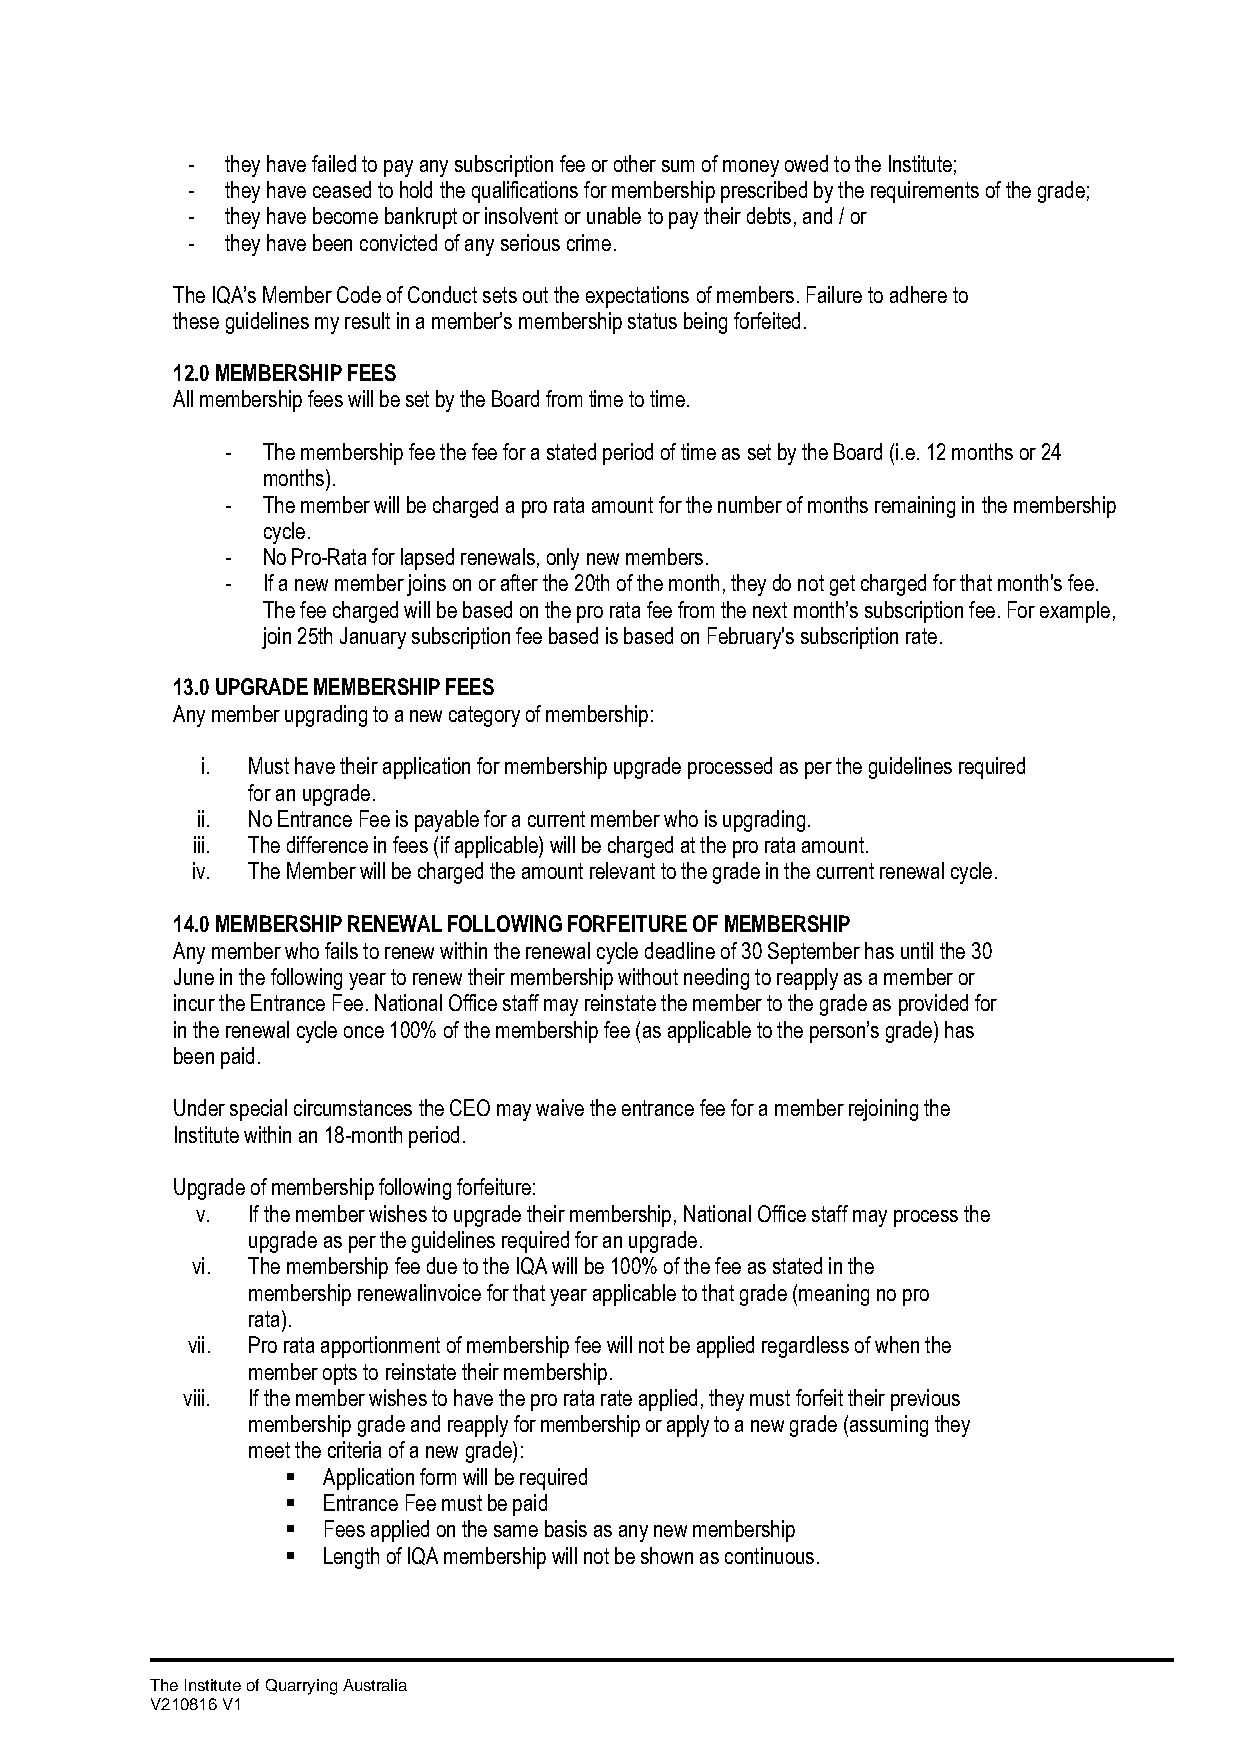
-  they have failed to pay any subscription fee or other sum of money owed to the Institute;
 -  they have ceased to hold the qualifications for membership prescribed by the requirements of the grade;
 -  they have become bankrupt or insolvent or unable to pay their debts, and / or
 -  they have been convicted of any serious crime.
 The IQA’s Member Code of Conduct sets out the expectations of members. Failure to adhere to
 these guidelines my result in a member’s membership status being forfeited.
 12.0 MEMBERSHIP FEES
 All membership fees will be set by the Board from time to time.
 - The membership fee the fee for a stated period of time as set by the Board (i.e. 12 months or 24
 months).
 - The member will be charged a pro rata amount for the number of months remaining in the membership
 cycle.
 - No Pro-Rata for lapsed renewals, only new members.
 - If a new member joins on or after the 20th of the month, they do not get charged for that month's fee.
 The fee charged will be based on the pro rata fee from the next month’s subscription fee. For example,
 join 25th January subscription fee based is based on February's subscription rate.
 13.0 UPGRADE MEMBERSHIP FEES
 Any member upgrading to a new category of membership:
 i. Must have their application for membership upgrade processed as per the guidelines required
 for an upgrade.
 ii. No Entrance Fee is payable for a current member who is upgrading.
 iii. The difference in fees (if applicable) will be charged at the pro rata amount.
 iv. The Member will be charged the amount relevant to the grade in the current renewal cycle.
 14.0 MEMBERSHIP RENEWAL FOLLOWING FORFEITURE OF MEMBERSHIP
 Any member who fails to renew within the renewal cycle deadline of 30 September has until the 30
 June in the following year to renew their membership without needing to reapply as a member or
 incur the Entrance Fee. National Office staff may reinstate the member to the grade as provided for
 in the renewal cycle once 100% of the membership fee (as applicable to the person’s grade) has
 been paid.
 Under special circumstances the CEO may waive the entrance fee for a member rejoining the
 Institute within an 18-month period.
 Upgrade of membership following forfeiture:
 v. If the member wishes to upgrade their membership, National Office staff may process the
 upgrade as per the guidelines required for an upgrade.
 vi. The membership fee due to the IQA will be 100% of the fee as stated in the
 membership renewal invoice for that year applicable to that grade (meaning no pro
 rata).
 vii. Pro rata apportionment of membership fee will not be applied regardless of when the
 member opts to reinstate their membership.
 viii. If the member wishes to have the pro rata rate applied, they must forfeit their previous
 membership grade and reapply for membership or apply to a new grade (assuming they
 meet the criteria of a new grade):
 ▪ Application form will be required
 ▪ Entrance Fee must be paid
 ▪ Fees applied on the same basis as any new membership
 ▪ Length of IQA membership will not be shown as continuous.
 The Institute of Quarrying Australia
 V210816 V1